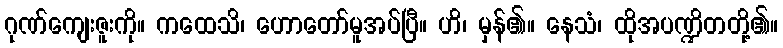
ဂုဏ်ကျေးဇူးကို။ ကထေသိ၊ ဟောတော်မူအပ်ပြီ။ ဟိ၊ မှန်၏။ နေသံ၊ ထိုအပဏ္ဍိတတို့၏။